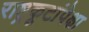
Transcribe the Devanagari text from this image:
राष्ट्रकूटांपेक्षा